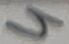
Text: 4